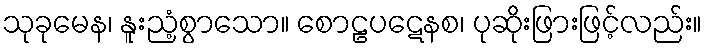
သုခုမေန၊ နူးညံ့စွာသော။ စောဠပဋေနစ၊ ပုဆိုးဖြားဖြင့်လည်း။